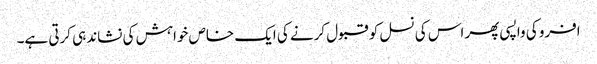
افرو کی واپسی پھر اس کی نسل کو قبول کرنے کی ایک خاص خواہش کی نشاندہی کرتی ہے۔